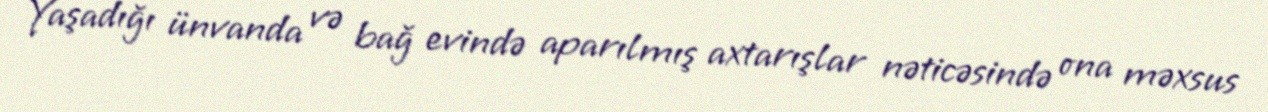
Yaşadığı ünvanda və bağ evində aparılmış axtarışlar nəticəsində ona məxsus